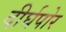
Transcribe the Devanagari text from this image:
दीर्घपोर